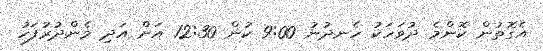
އެގޮތުން ކޮންމެ ދުވަހަކު ހެނދުނު 9:00 ކުން 12:30 އަށް އަދި މެންދުރުފަހު